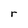
Character: r